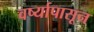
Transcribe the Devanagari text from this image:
वर्ष्यापासून